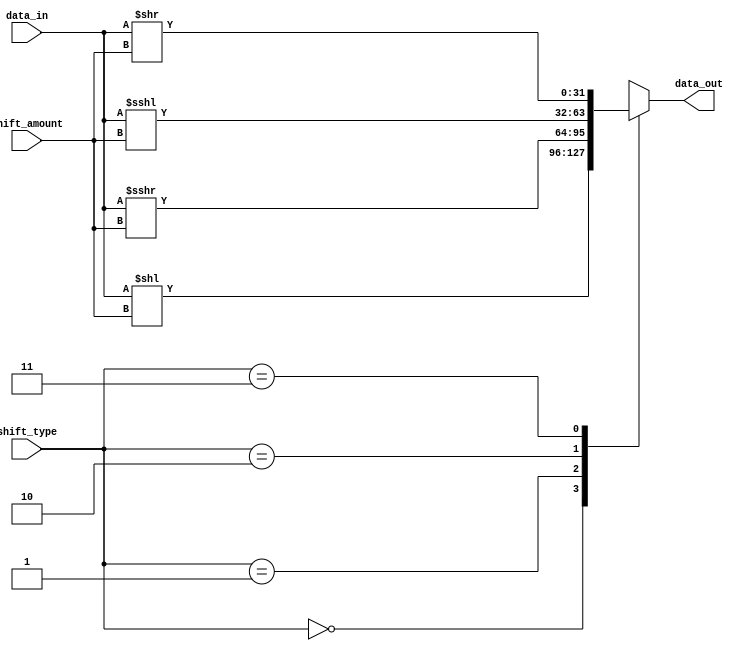
module Barrel_Shifter (
    input [31:0] data_in,
    input [4:0] shift_amount,
    input [1:0] shift_type,
    output reg [31:0] data_out
);

always @(*) begin
    case (shift_type)
        2'b00: data_out = data_in << shift_amount; // Logical left shift
        2'b01: data_out = data_in >>> shift_amount; // Logical right shift
        2'b10: data_out = data_in <<< shift_amount; // Arithmetic left shift with sign extension
        2'b11: data_out = data_in >> shift_amount; // Arithmetic right shift with sign extension
        default: data_out = 0;
    endcase
end

endmodule